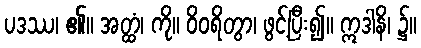
ပဒဿ၊ ၏။ အတ္ထံ၊ ကို။ ဝိဝရိတွာ၊ ဖွင့်ပြီး၍။ ဣဒါနိ၊ ၌။